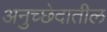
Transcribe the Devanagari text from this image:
अनुच्छेदातील